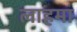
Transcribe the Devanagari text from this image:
लाहमा